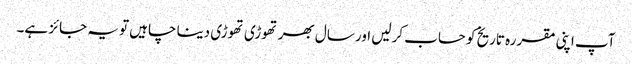
آپ اپنی مقررہ تاریخ کو حساب کرلیں اور سال بھر تھوڑی تھوڑی دینا چاہیں تو یہ جائز ہے۔